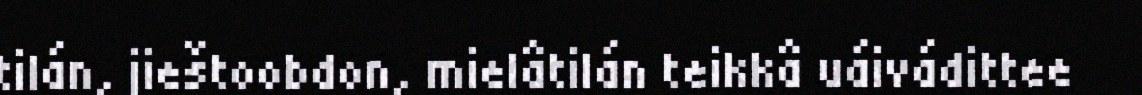
tilán, jieštoobdon, mielâtilán teikkâ uáivádittee